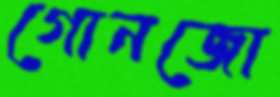
গোনজো